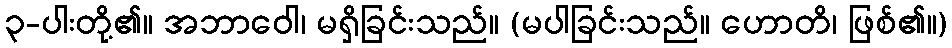
၃-ပါးတို့၏။ အဘာဝေါ၊ မရှိခြင်းသည်။ (မပါခြင်းသည်။ ဟောတိ၊ ဖြစ်၏။)